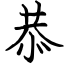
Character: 恭